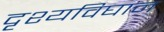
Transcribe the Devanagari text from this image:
दृश्यविघान